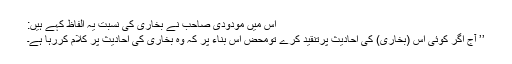
اس میں مودودی صاحب نے بخاری کی نسبت یہ الفاظ کہے ہیں:
’’ آج اگر کوئی اس (بخاری) کی احادیث پرتنقید کرے تومحض اس بناء پر کہ وہ بخاری کی احادیث پر کلام کررہا ہے۔